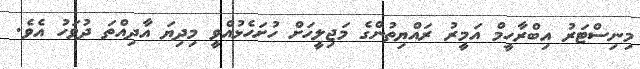
މިނިސްޓަރު އިބްރާހީމް އަމީރު ރައްޔިތުންގެ މަޖިލީހަށް ހުށަހެޅުއްވީ މިދިޔަ އާދިއްތަ ދުވަހު އެވެ.